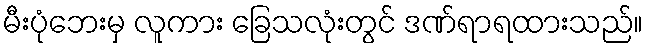
မီးပုံဘေးမှ လူကား ခြေသလုံးတွင် ဒဏ်ရာရထားသည်။